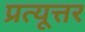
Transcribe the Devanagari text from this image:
प्रत्यूत्तर